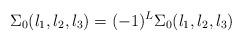
LaTeX: \begin{align*}\Sigma_{0}(l_{1},l_{2},l_{3})=(-1)^{L}\Sigma_{0}(l_{1},l_{2},l_{3})\end{align*}